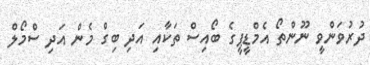
ދުރުވަންވީ ނޫންތޯ އެމްޑީޕީގެ ބޯއިސް ތަކާއި އަދި ބިގް މެން އަދި ސްމޯލް